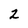
Character: 2